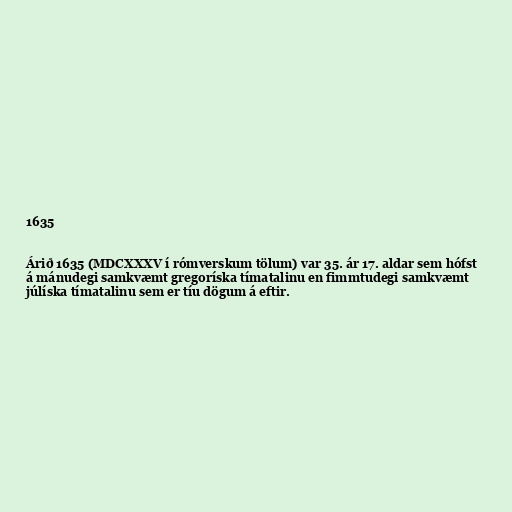
1635

Árið 1635 (MDCXXXV í rómverskum tölum) var 35. ár 17. aldar sem hófst
á mánudegi samkvæmt gregoríska tímatalinu en fimmtudegi samkvæmt
júlíska tímatalinu sem er tíu dögum á eftir.